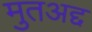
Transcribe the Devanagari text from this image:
मुतअद्द